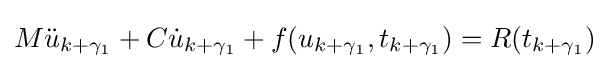
M{\ddot {u}}_{k+\gamma _{1}}+C{\dot {u}}_{k+\gamma _{1}}+f(u_{k+\gamma _{1}},t_{k+\gamma _{1}})=R(t_{k+\gamma _{1}})